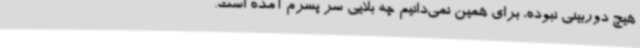
هیچ دوربینی نبوده، برای همین نمی‌دانیم چه بلایی سر پسرم آمده است.